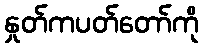
နှုတ်ကပတ်တော်ကို